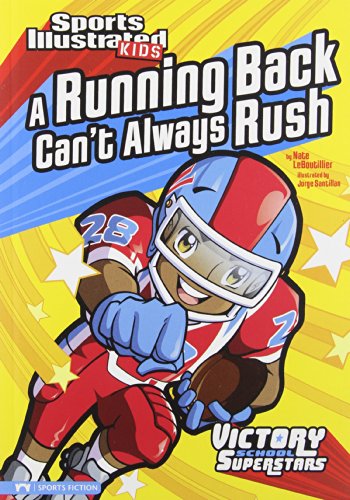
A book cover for A Running Back Can't Always Rush (Sports Illustrated Kids Victory School Superstars); Nate LeBoutillier; Children's Books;